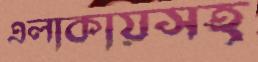
এলাকায়সহ